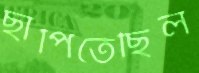
ছাপিতেছিল